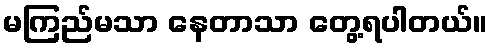
မကြည်မသာ နေတာသာ တွေ့ရပါတယ်။